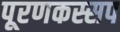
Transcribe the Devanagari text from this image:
पूरणकस्सप